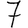
Digit: 7